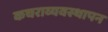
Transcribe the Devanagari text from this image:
कचराव्यवस्थापन